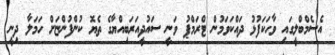
އެސެމްބްލީގައި ވާހަކަފުޅު ދައްކަވަމުން ޓްރަމްޕު ވަނީ ސައުދީއަރަބިއްޔާގެ ތެޔޮ ކުންފުންޏަށް ހަމަލާ ދިނީ